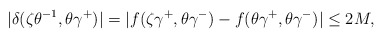
\begin{align*}|\delta(\zeta\theta^{-1},\theta\gamma^+)|=|f(\zeta\gamma^+,\theta\gamma^-)-f(\theta\gamma^+,\theta\gamma^-)|\leq 2M,\end{align*}